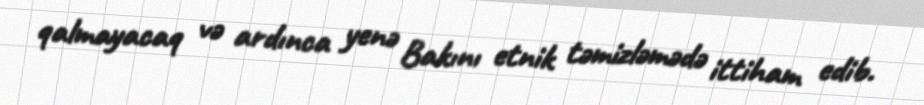
qalmayacaq və ardınca yenə Bakını etnik təmizləmədə ittiham edib.